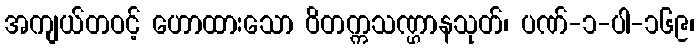
အကျယ်တဝင့် ဟောထားသော ဝိတက္ကသဏ္ဌာနသုတ်၊ ပဏ်-၁-ပါ-၁၆၉၊